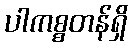
ပါကစ္စတန်ရှိ